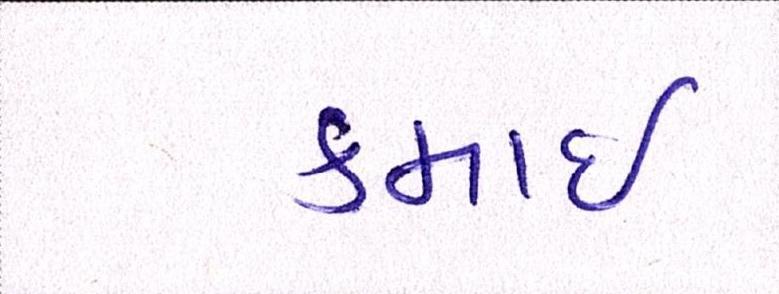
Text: કમાઈ